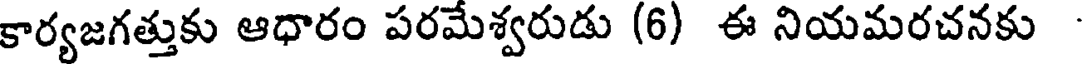
కార్యజగత్తుకు ఆధారం పరమేశ్వరుడు (6) ఈ నియమరచనకు